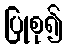
ပြုစု၍